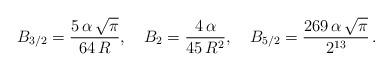
LaTeX: \begin{align*} B_{3/2}=\frac{5\,\alpha\,\sqrt \pi}{64\,R},\quad B_{2}=\frac{4\,\alpha}{45\,R^2},\quad B_{5/2}=\frac{269\,\alpha\,\sqrt \pi}{2^{13}}\,{.}\end{align*}